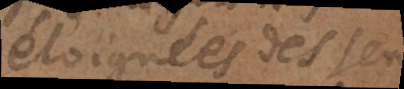
eloignées des sens.